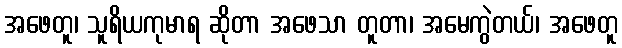
အဖေတူ၊ သူရိယကုမာရ ဆိုတာ အဖေသာ တူတာ၊ အမေကွဲတယ်၊ အဖေတူ